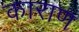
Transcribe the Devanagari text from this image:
काराण